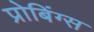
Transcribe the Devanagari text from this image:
प्रोबिंग्स